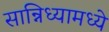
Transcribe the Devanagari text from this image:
सान्निध्यामध्ये